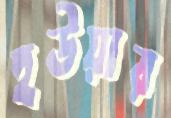
হউয়ার